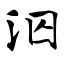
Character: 泅